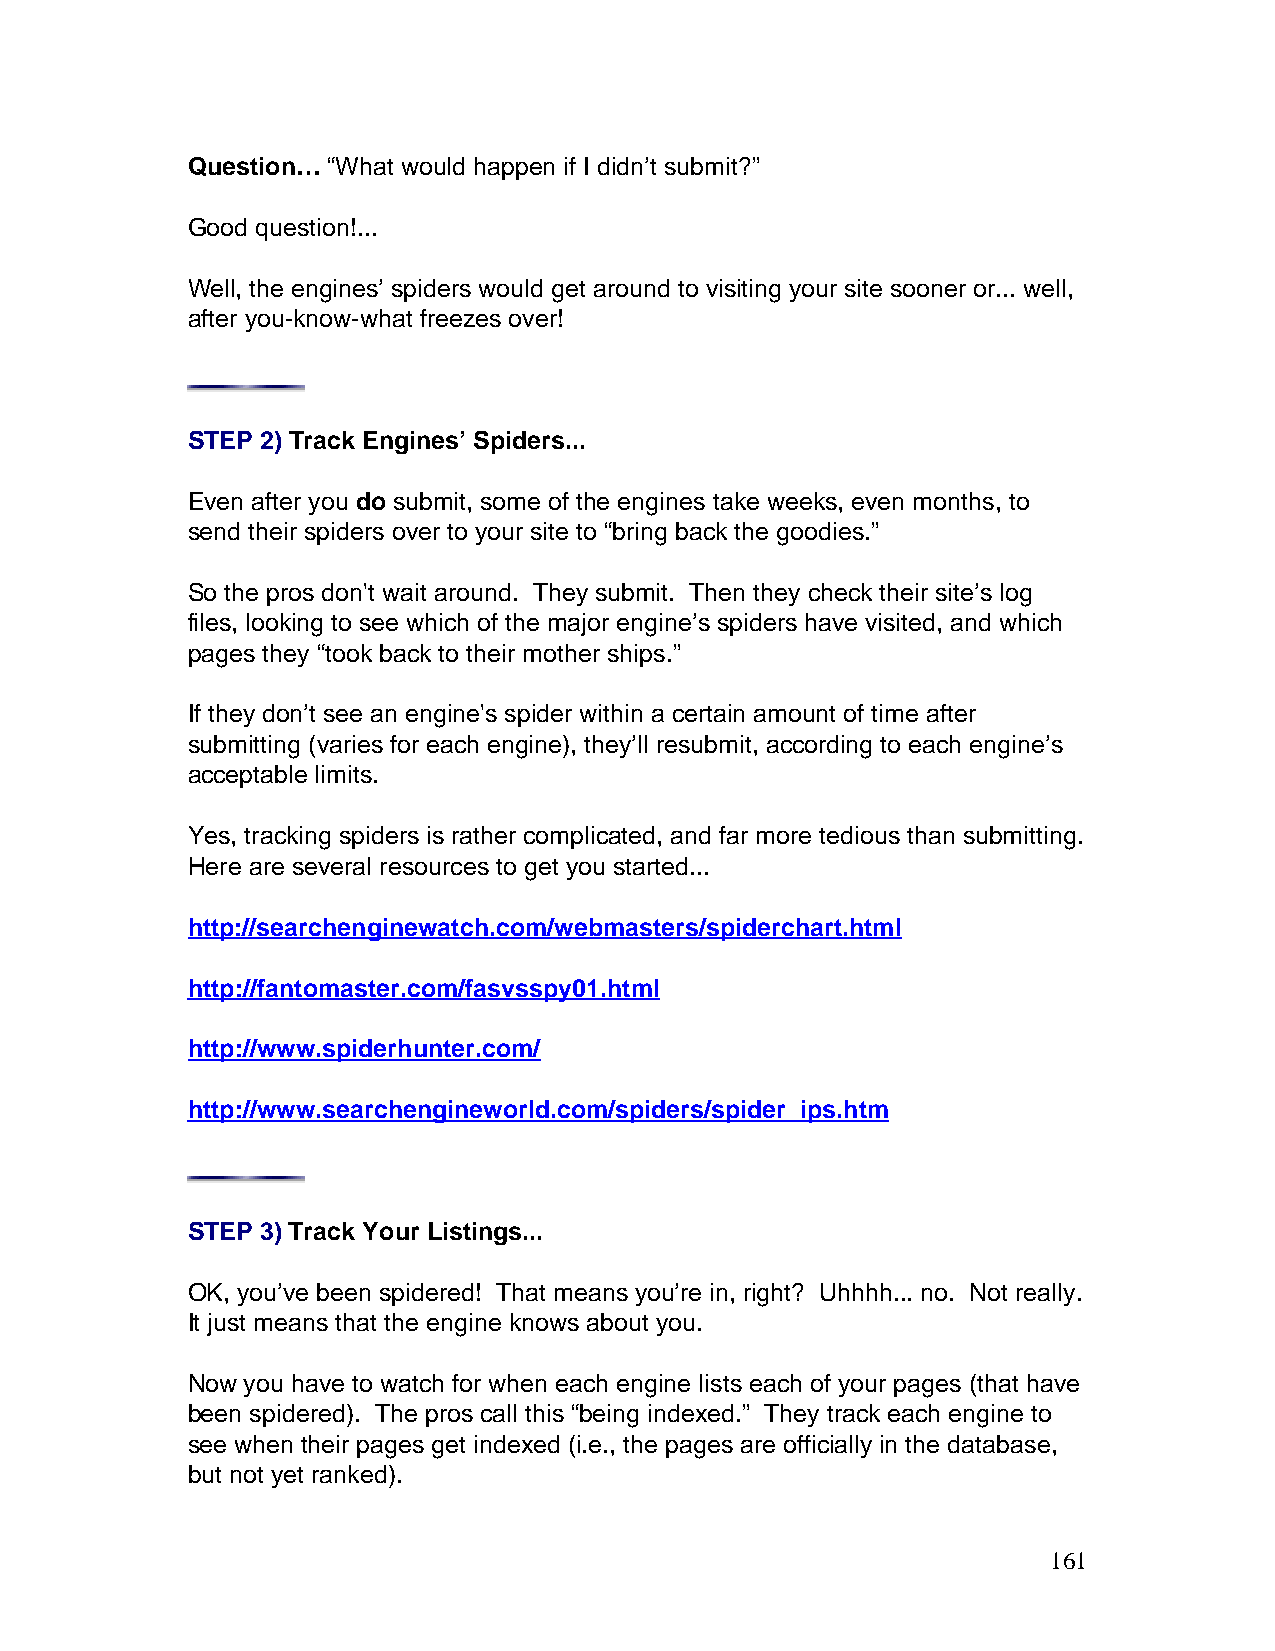
Question… “What would happen if I didn’t submit?”
 Good question!...
 Well, the engines’ spiders would get around to visiting your site sooner or... well,
 after you-know-what freezes over!
 STEP 2) Track Engines’ Spiders...
 Even after you do submit, some of the engines take weeks, even months, to
 send their spiders over to your site to “bring back the goodies.”
 So the pros don't wait around. They submit. Then they check their site’s log
 files, looking to see which of the major engine’s spiders have visited, and which
 pages they “took back to their mother ships.”
 If they don’t see an engine's spider within a certain amount of time after
 submitting (varies for each engine), they’ll resubmit, according to each engine’s
 acceptable limits.
 Yes, tracking spiders is rather complicated, and far more tedious than submitting.
 Here are several resources to get you started...
 http://searchenginewatch.com/webmasters/spiderchart.html
 http://fantomaster.com/fasvsspy01.html
 http://www.spiderhunter.com/
 http://www.searchengineworld.com/spiders/spider_ips.htm
 STEP 3) Track Your Listings...
 OK, you’ve been spidered! That means you’re in, right? Uhhhh... no. Not really.
 It just means that the engine knows about you.
 Now you have to watch for when each engine lists each of your pages (that have
 been spidered). The pros call this “being indexed.” They track each engine to
 see when their pages get indexed (i.e., the pages are officially in the database,
 but not yet ranked).
 161